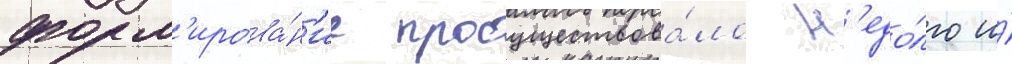
форм'ирова́н'ие просуществова́ло н'едо́лго и́